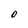
Character: 0